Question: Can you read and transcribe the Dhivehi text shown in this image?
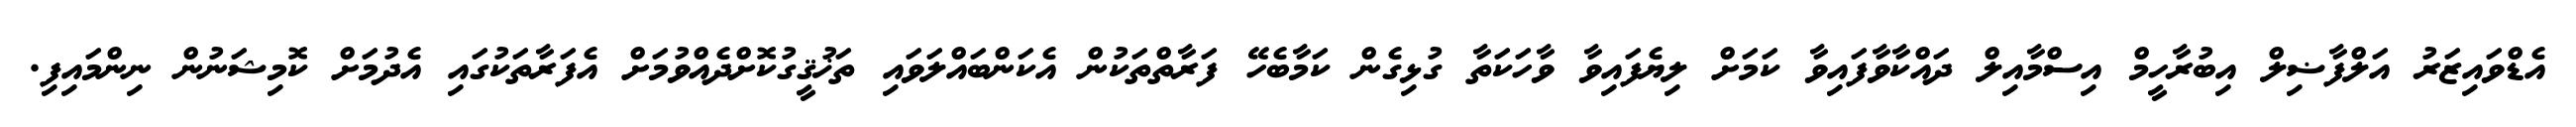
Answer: އެޑްވައިޒަރު އަލްފާޟިލް އިބުރާހީމް އިސްމާއިލް ދައްކާވާފައިވާ ކަމަށް ލިޔެފައިވާ ވާހަކަތާ ގުޅިގެން ކަމާބެހޭ ފަރާތްތަކުން އެކަންބައްލަވައި ތަޚުޤީގުކޮށްދެއްވުމަށް އެފަރާތަކުގައި އެދުމަށް ކޮމިޝަނުން ނިންމައިފި.